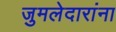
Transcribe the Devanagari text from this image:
जुमलेदारांना